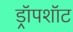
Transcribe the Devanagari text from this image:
ड्रॉपशॉट